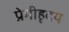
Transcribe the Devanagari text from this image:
प्रेमीहृदय